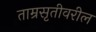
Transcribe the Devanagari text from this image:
ताम्रसृतीवरील